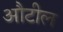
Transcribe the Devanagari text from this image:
औटील